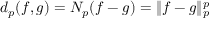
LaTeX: d _ { p } ( f , g ) = N _ { p } ( f - g ) = \| f - g \| _ { p } ^ { p }